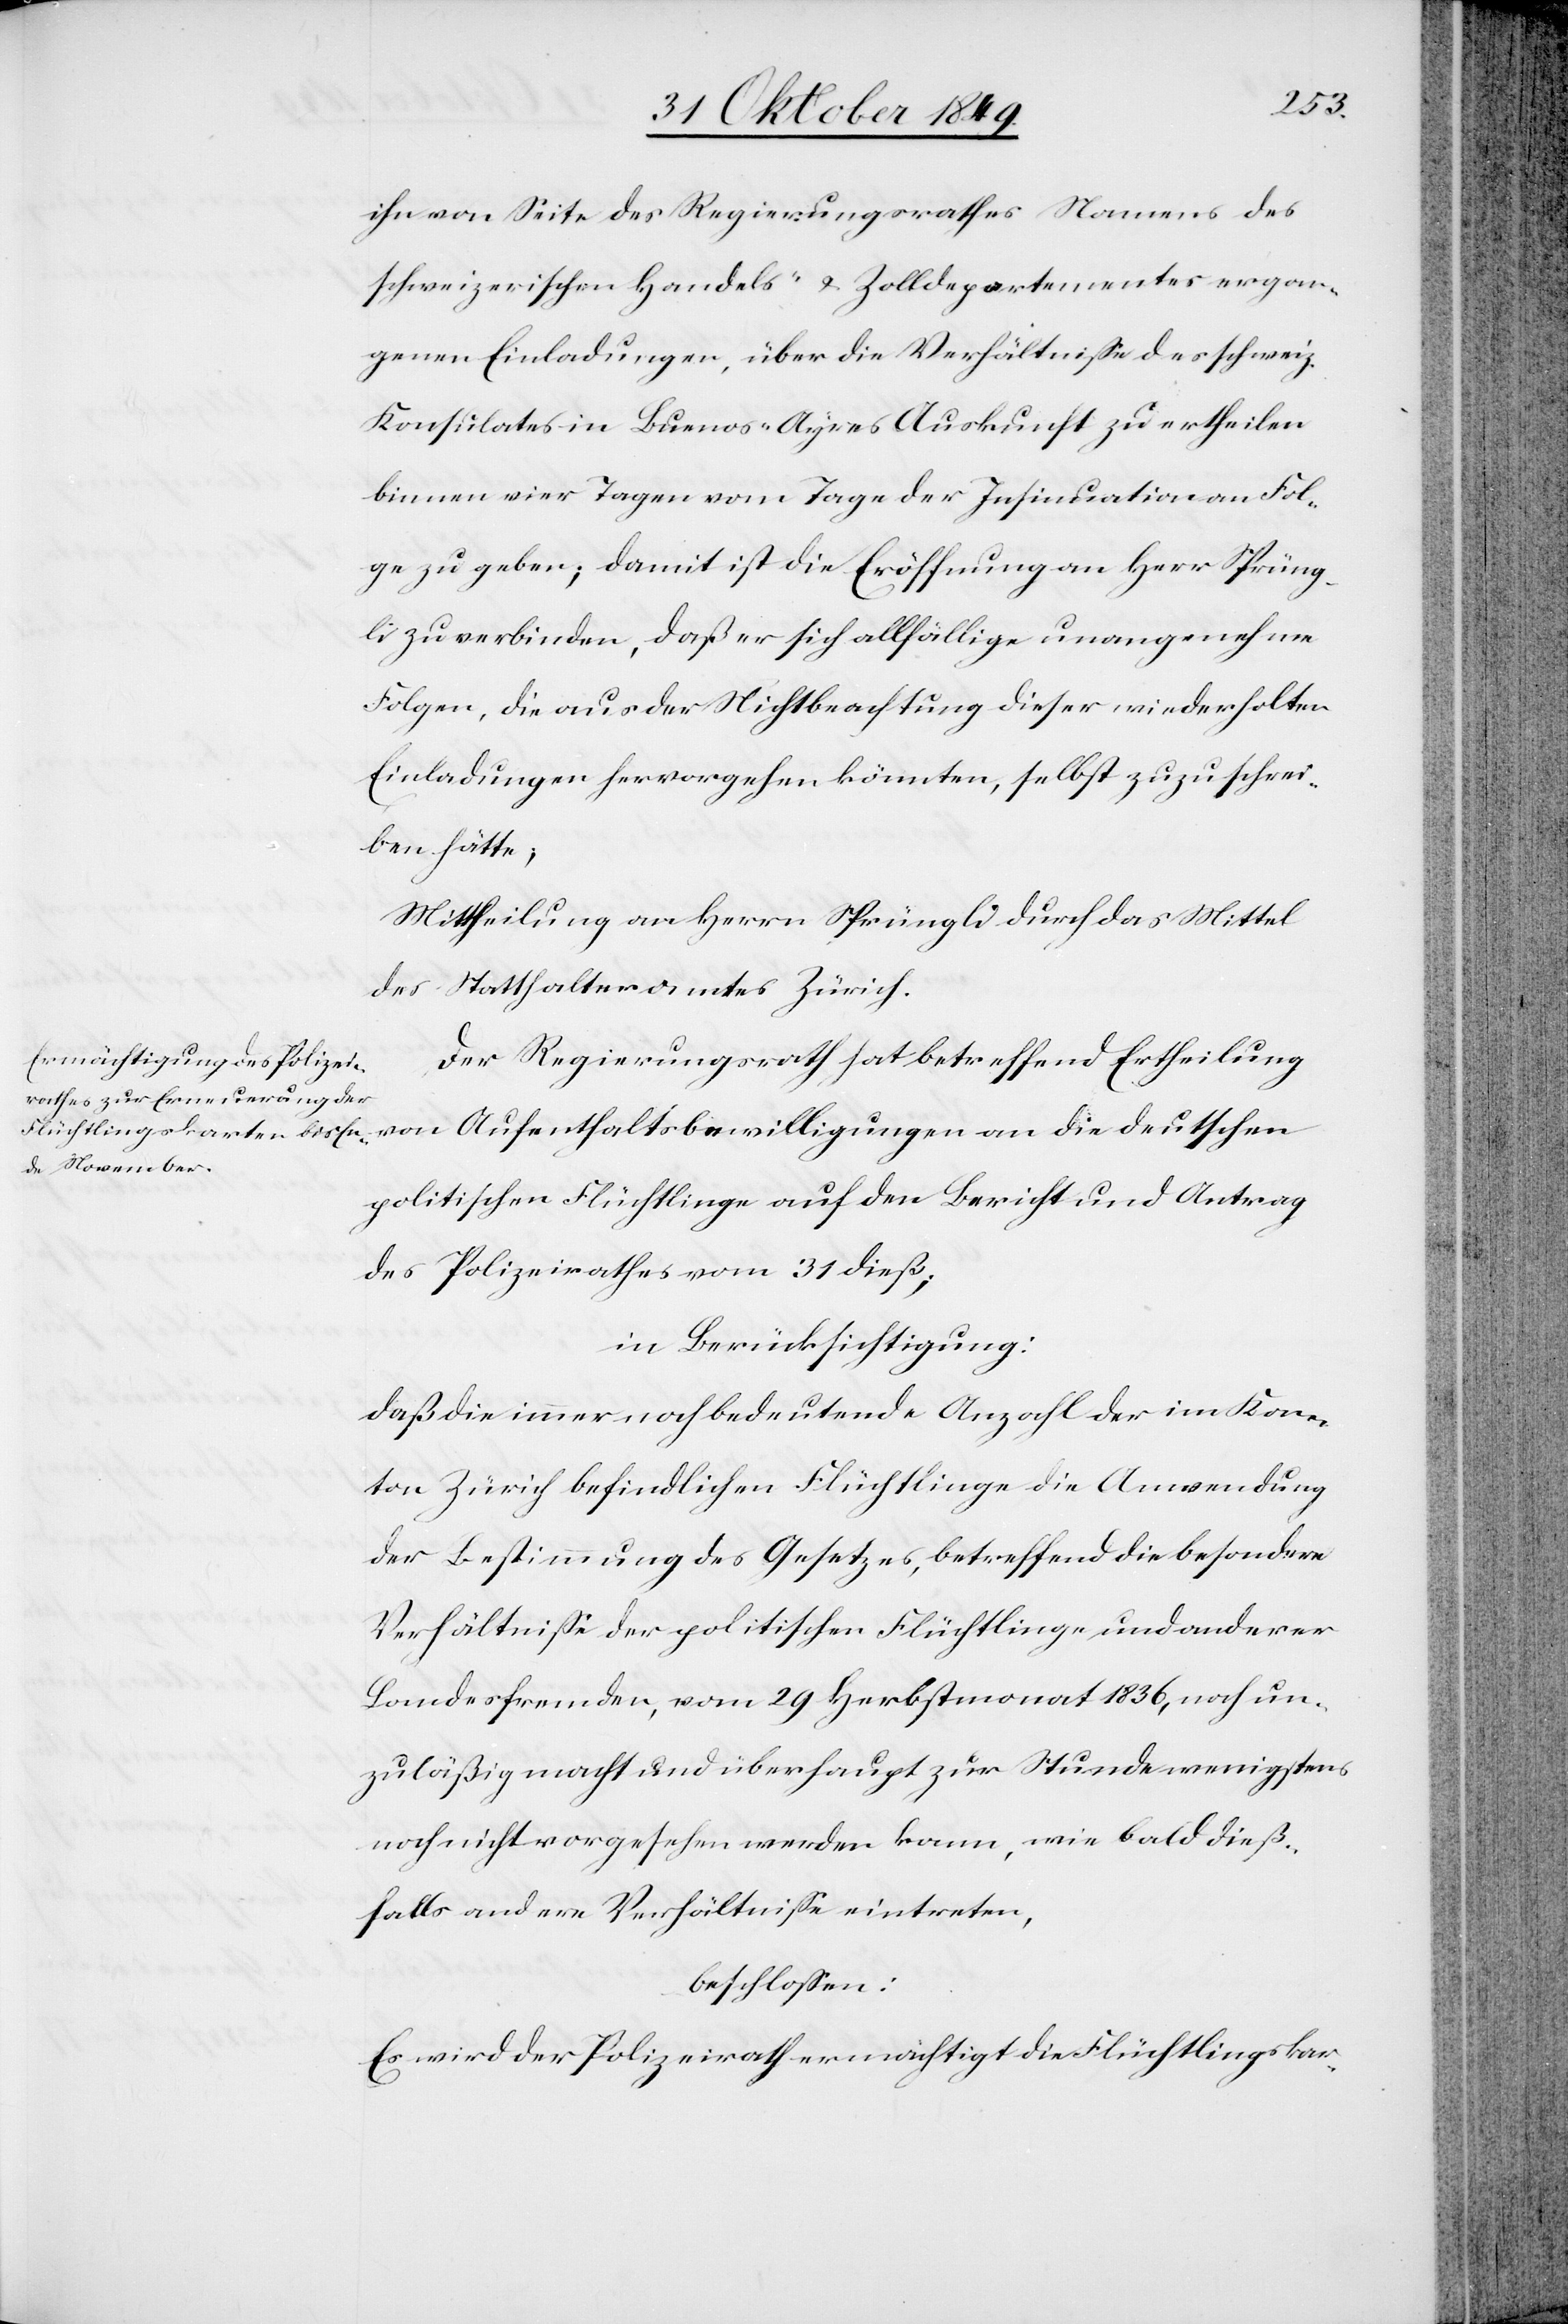
ihn von Seite des Regierungsrathes Namens des
schweizerischen Handels- u. Zolldepartementes ergan¬
genen Einladungen, über die Verhältniße des schweiz.
Konsulates in Buenos-Ayres Auskunft zu ertheilen
binnen vier Tagen vom Tage der Insinuation an Fol¬
ge zu geben; damit ist die Eröffnung an Herr Sprüng¬
li zu verbinden, daß er sich allfällige unangenehme
Folgen, die aus der Nichtbeachtung dieser wiederholten
Einladungen hervorgehen könnten, selbst zuzuschrei¬
ben hätte;
Mittheilung an Herrn Sprüngli durch das Mittel
des Statthalteramtes Zürich.
Der Regierungsrath hat betreffend Ertheilung
politischen Flüchtlinge auf den Bericht und Antrag
des Polizeirathes vom 31 dieß;
in Berücksichtigung:
daß die immer noch bedeutende Anzahl der im Kan¬
ton Zürich befindlichen Flüchtlinge die Anwendung
der Bestimmung des Gesetzes, betreffend die besonderen
Verhältniße der politischen Flüchtlinge und anderer
Landesfremden, vom 29 Herbstmonat 1836, noch un¬
zuläßig macht und überhaupt zur Studie wenigstens
noch nicht vorgesehen werden kann, wie bald dieß¬
falls andere Verhältniße eintreten,
beschloßen:
Es wird der Polizeirath ermächtigt die Flüchtlingskar-